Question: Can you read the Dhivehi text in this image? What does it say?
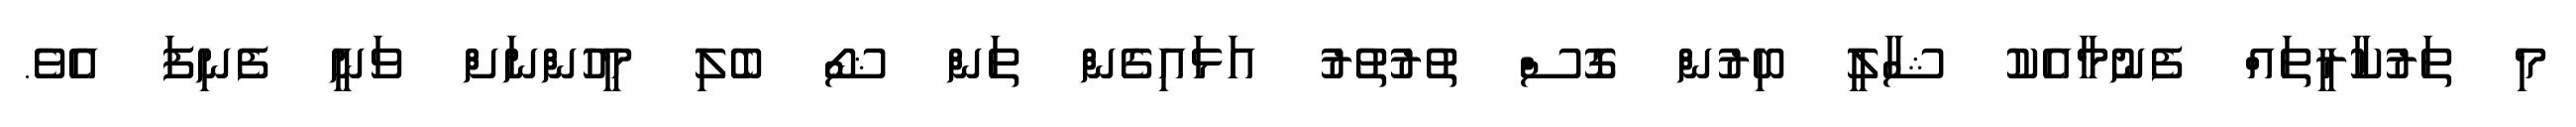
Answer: މި ތަރުކާރީތައް ފެނުމާއެކު ޝާލީ ބިރުން ގޮސް ތުރުތުރު އަޅައިގެން ތަން ޝޯ ބެލި މީހުންނަށް ވަނީ ފެނިފަ އެވެ.